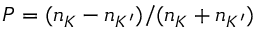
P = ( n _ { K } - n _ { K ^ { \prime } } ) / ( n _ { K } + n _ { K ^ { \prime } } )